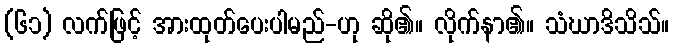
(၆၁) လက်ဖြင့် အားထုတ်ပေးပါမည်-ဟု ဆို၏။ လိုက်နာ၏။ သံဃာဒိသိသ်။